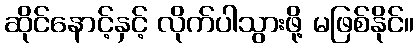
ဆိုင်နောင့်နှင့် လိုက်ပါသွားဖို့ မဖြစ်နိုင်။